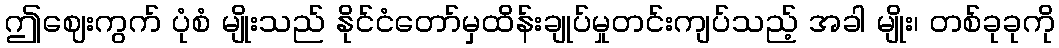
ဤဈေးကွက် ပုံစံ မျိုးသည် နိုင်ငံတော်မှထိန်းချုပ်မှုတင်းကျပ်သည့် အခါ မျိုး၊ တစ်ခုခုကို